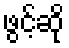
ဖွင့်ဆို